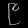
Digit: ၉